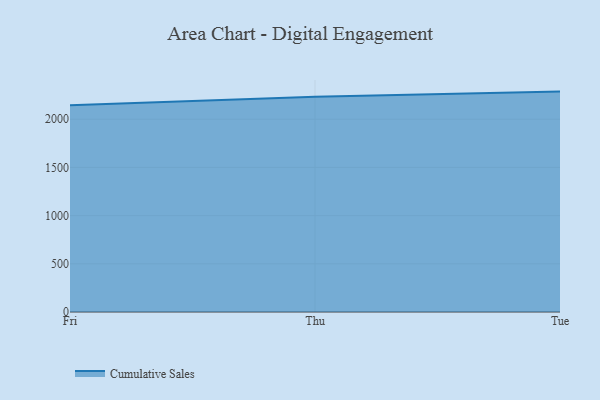
{"axis": {"x": "Day", "y": "Churn Rate (%)"}, "legend": ["Cumulative Sales"], "data": [{"x": "Fri", "y": 2144.0, "type": "Cumulative Sales"}, {"x": "Thu", "y": 2234.2, "type": "Cumulative Sales"}, {"x": "Tue", "y": 2286.5, "type": "Cumulative Sales"}]}